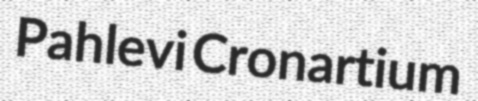
Pahlevi Cronartium